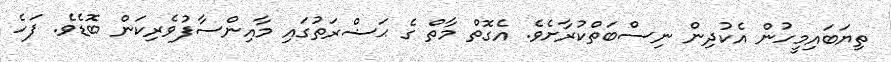
ތިޔަބައިމީހުން އެކުދިން ނިސްބަތްކުރާށެވެ. އެގޮތް މާތް ގެ ޙަޟްރަތުގައި މާއިންސާފުވެރިކަން ބޮޑެވެ. ފަހެ